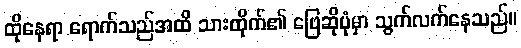
ထိုနေရာ ရောက်သည်အထိ သားထိုက်၏ ဖြေဆိုပုံမှာ သွက်လက်နေသည်။